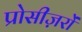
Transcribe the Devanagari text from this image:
प्रोसीज़रों